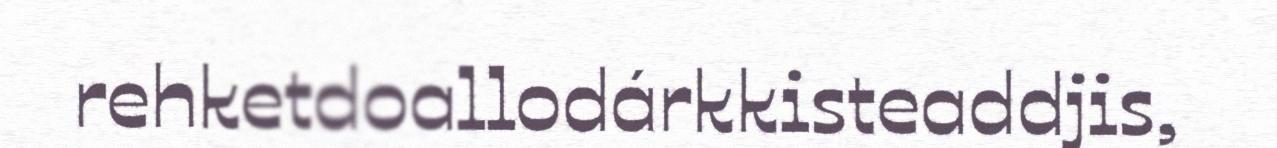
rehketdoallodárkkisteaddjis,